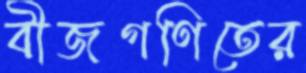
বীজগণিতের